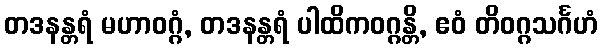
တဒနန္တရံ မဟာဝဂ္ဂံ, တဒနန္တရံ ပါထိကဝဂ္ဂန္တိ, ဧဝံ တိဝဂ္ဂသင်္ဂဟံ